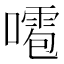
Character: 𠿙